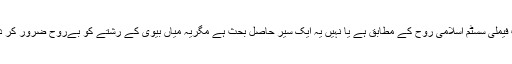
جوائنٹ فیملی سسٹم اسلامی روح کے مطابق ہے یا نہیں یہ ایک سیر حاصل بحث ہے مگریہ میاں بیوی کے رشتے کو بےروح ضرور کر دیتا ہے۔